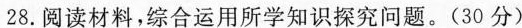
28.阅材料，综合运用所学知识探究问题。(30.分)